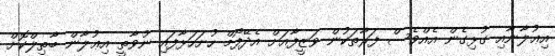
އިޢުލާނާއި ގުޅިގެން އެއްވެސް ފަރާތަކުން ވަޒީފާއަށް އެދޭފޯމް ހުށަހަޅާފައި ނުވާތީ އިޢުލާން ބާޠިލްކޮށް